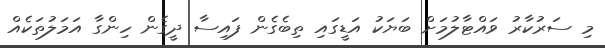
މި ސަރުކާރު ވައްޓާލުމަށް ބަޔަކު އަޑީގައި ތިބެގެން ފައިސާ ދީގެން ހިންގާ އަމަލުތަކެއް